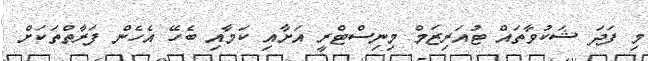
މި ފަދަ ޝަކުވާތައް ޓުއަރިޒަމް މިނިސްޓްރީ އަށާއި ކަމާއި ބެހޭ އެހެން ފަރާތްތަކަށް